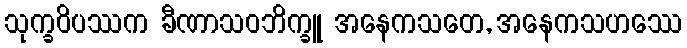
သုက္ခဝိပဿက ခီဏာသဝဘိက္ခူ အနေကသတေ, အနေကသဟဿေ